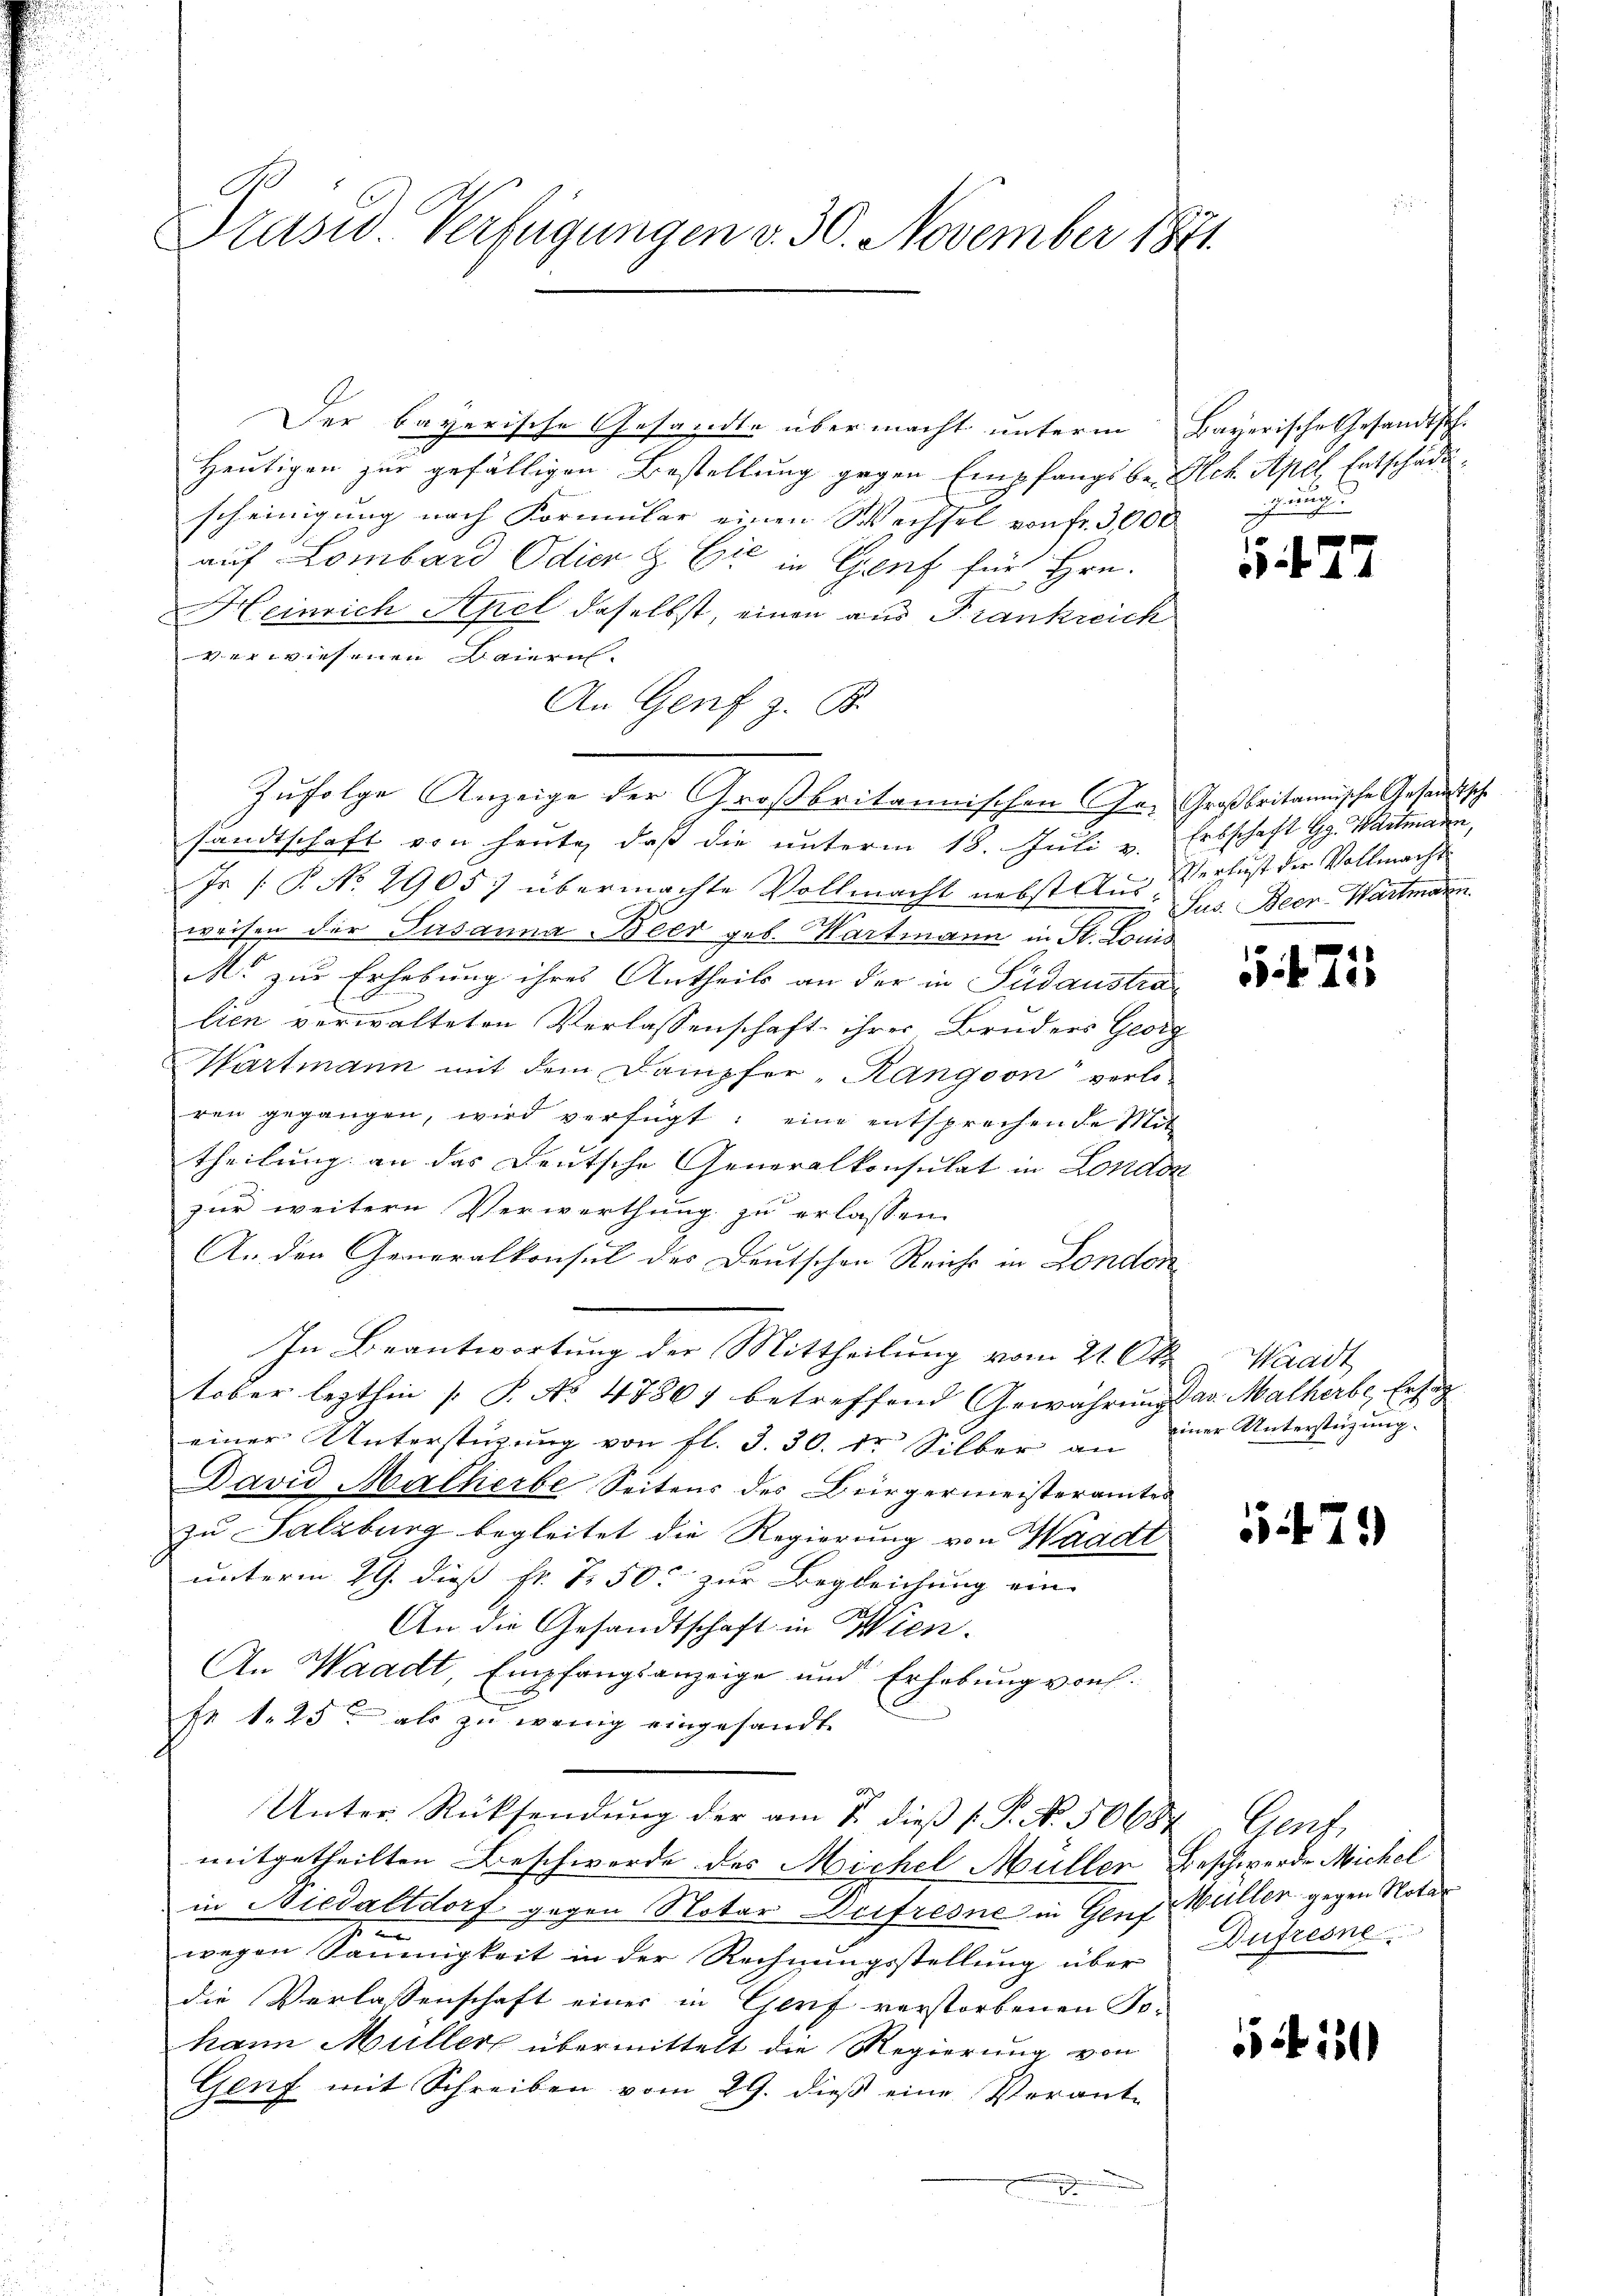
Präsid. Verfügungen v. 30. November 1871.

Der bayerische Gesandte über macht unterm Bayerische Gesandtsch.
Heutigen zur gefälligen Bestellung gegen Empfangsbe-Sch Apel. Entschädischeinigung nach Formular einen Wechsel von fr. 3,000
auf Lombard Odier & Cie in Genf für Hrn.
Heinrich Apel daselbst, einen aus Frankreich
verwiesenen Baiern.
An Genf z. B.
Zufolge Anzeige der Großbritannischen Ge- Großbritannische Gesandtsche
sandtschaft von heute, daß die ŭnterm 18. Jŭli u. Erbschaft G. Wartmann,
Js /: P. No. 2905) übermachte Vollmacht nebst Aus Verlust der Vollmacht
weisen der Susanna Beer geb. Wartmann in St. Louis
M. zur Erhebung ihres Antheils an der in Südaustralien verwalteten Verlassenschaft ihrer Bruders Georg
Wartmann mit dem Dampfer "Rangoon“ verleren gegangen, wird verfügt: eine entsprechende Sit
theilung an das Deutsche Generalkonsulat in London
zur weitere Verwerthung zu erlassen.
An den Generalkonsul des Deutschen Reichs in London
In Beantwortung der Mittheilung vom 21. Okt
tober lezthin /: P. No. 47801 betreffend Gewährŭng das Malherbe. Ersag
einer Unterstüzung von fl. S. 30. dr Silber an
David Mathierbe Seitens des Bürgermeisteramtes
zu Salzburg begleitet die Regierung von Waadt
unterm 21. dieß fr. 750. zur Begleichung ein
An die Gesandtschaft in Wien.
An Waadt, Empfangsanzeige und Erhebung von
fe 1. 25t als zu wenig eingesandte
Unter Rücksendung der am 7. dieß P. No. 50687 Genf
mitgetheilten Beschwerde des Michel Müller Beschwerde Michel
in Niedaltdorf gegen Notar Drifresne in Genf Wüller gegen Notar
wegen Säumigkeit in der Rechnungsstellung über Dufresne
die Verlassenschaft einer in Genf verstorbenen Tohann Müller übermittelt die Regierung von
Genf mit Schreiben vom 29. dieß eine Verant-

igung

527

Jus. Beer-Wartmann

2

Waadt
einer Unterstüzung.

29

10